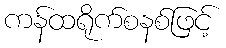
ကန်ထရိုက်စနစ်ဖြင့်